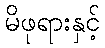
မိဖုရားနှင့်